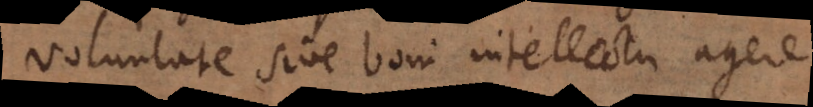
voluntate sive boni intellectu agere